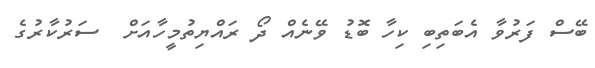
ބޭސް ފަރުވާ އެބަތިބި ކިހާ ބޮޑު ވޭނެއް ދޯ ރައްޔިތުމީހާއަށް  ސަރުކާރުގެ